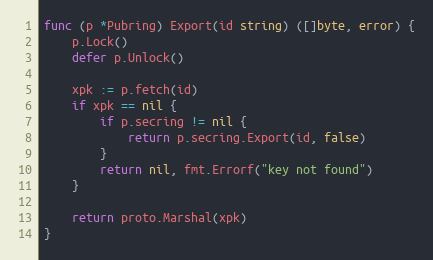
Language: Go
func (p *Pubring) Export(id string) ([]byte, error) {
	p.Lock()
	defer p.Unlock()

	xpk := p.fetch(id)
	if xpk == nil {
		if p.secring != nil {
			return p.secring.Export(id, false)
		}
		return nil, fmt.Errorf("key not found")
	}

	return proto.Marshal(xpk)
}